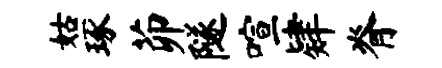
姑琢茆隧喧肄脊